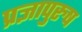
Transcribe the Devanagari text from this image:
प्रज्ञापुरुष